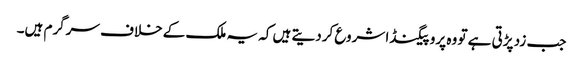
جب زد پڑتی ہے تو وہ پروپیگنڈا شروع کردیتے ہیں کہ یہ ملک کے خلاف سرگرم ہیں۔